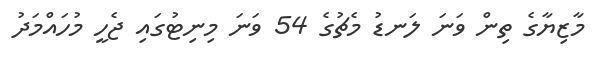
މާޒިޔާގެ ތިން ވަނަ ލަނޑު މެޗުގެ 54 ވަނަ މިނިޓުގައި ޖެހީ މުހައްމަދު